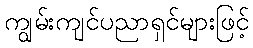
ကျွမ်းကျင်ပညာရှင်များဖြင့်